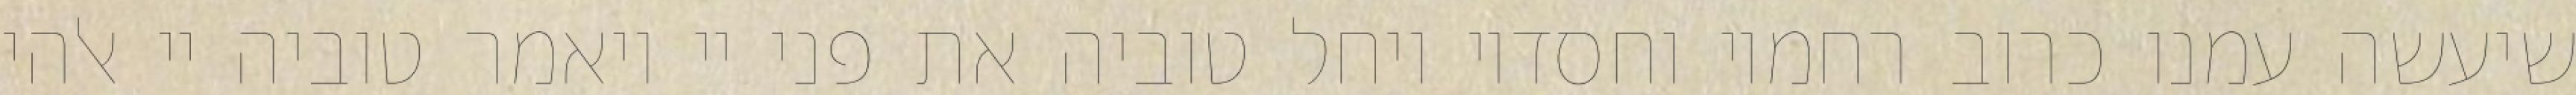
שיעשה עמנו כרוב רחמיו וחסדיו ויחל טוביה את פני יי ויאמר טוביה יי אלהי